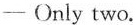
—Only two.